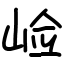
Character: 崄